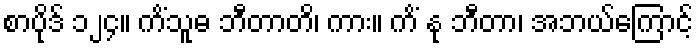
စာပိုဒ် ၁၂၄။ ကိံသူဓ ဘီတာတိ၊ ကား။ ကိံ နု ဘီတာ၊ အဘယ်ကြောင့်